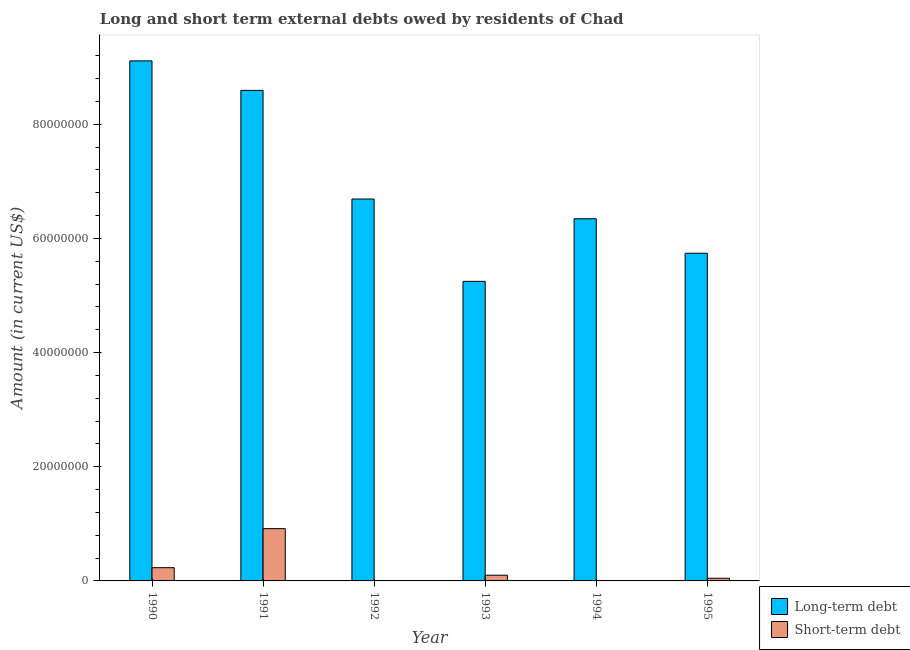
| Year | Long-term debt | Short-term debt |
 | --- | --- | --- |
 | 1990 | 9.11e+07 | 2.32e+06 |
 | 1991 | 8.59e+07 | 9.16e+06 |
 | 1992 | 6.69e+07 | -1.95e+07 |
 | 1993 | 5.25e+07 | 1e+06 |
 | 1994 | 6.35e+07 | -2.45e+06 |
 | 1995 | 5.74e+07 | 4.7e+05 |